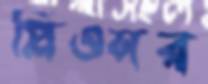
প্লিওসর